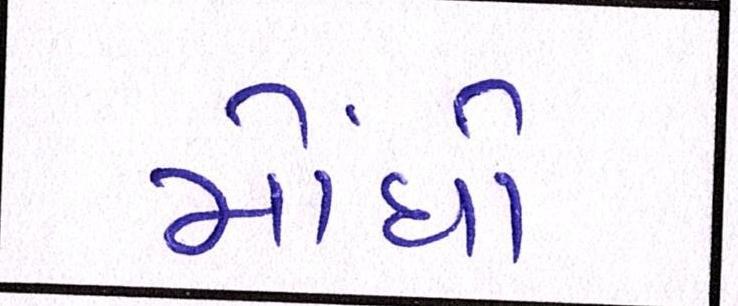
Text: મોંધો